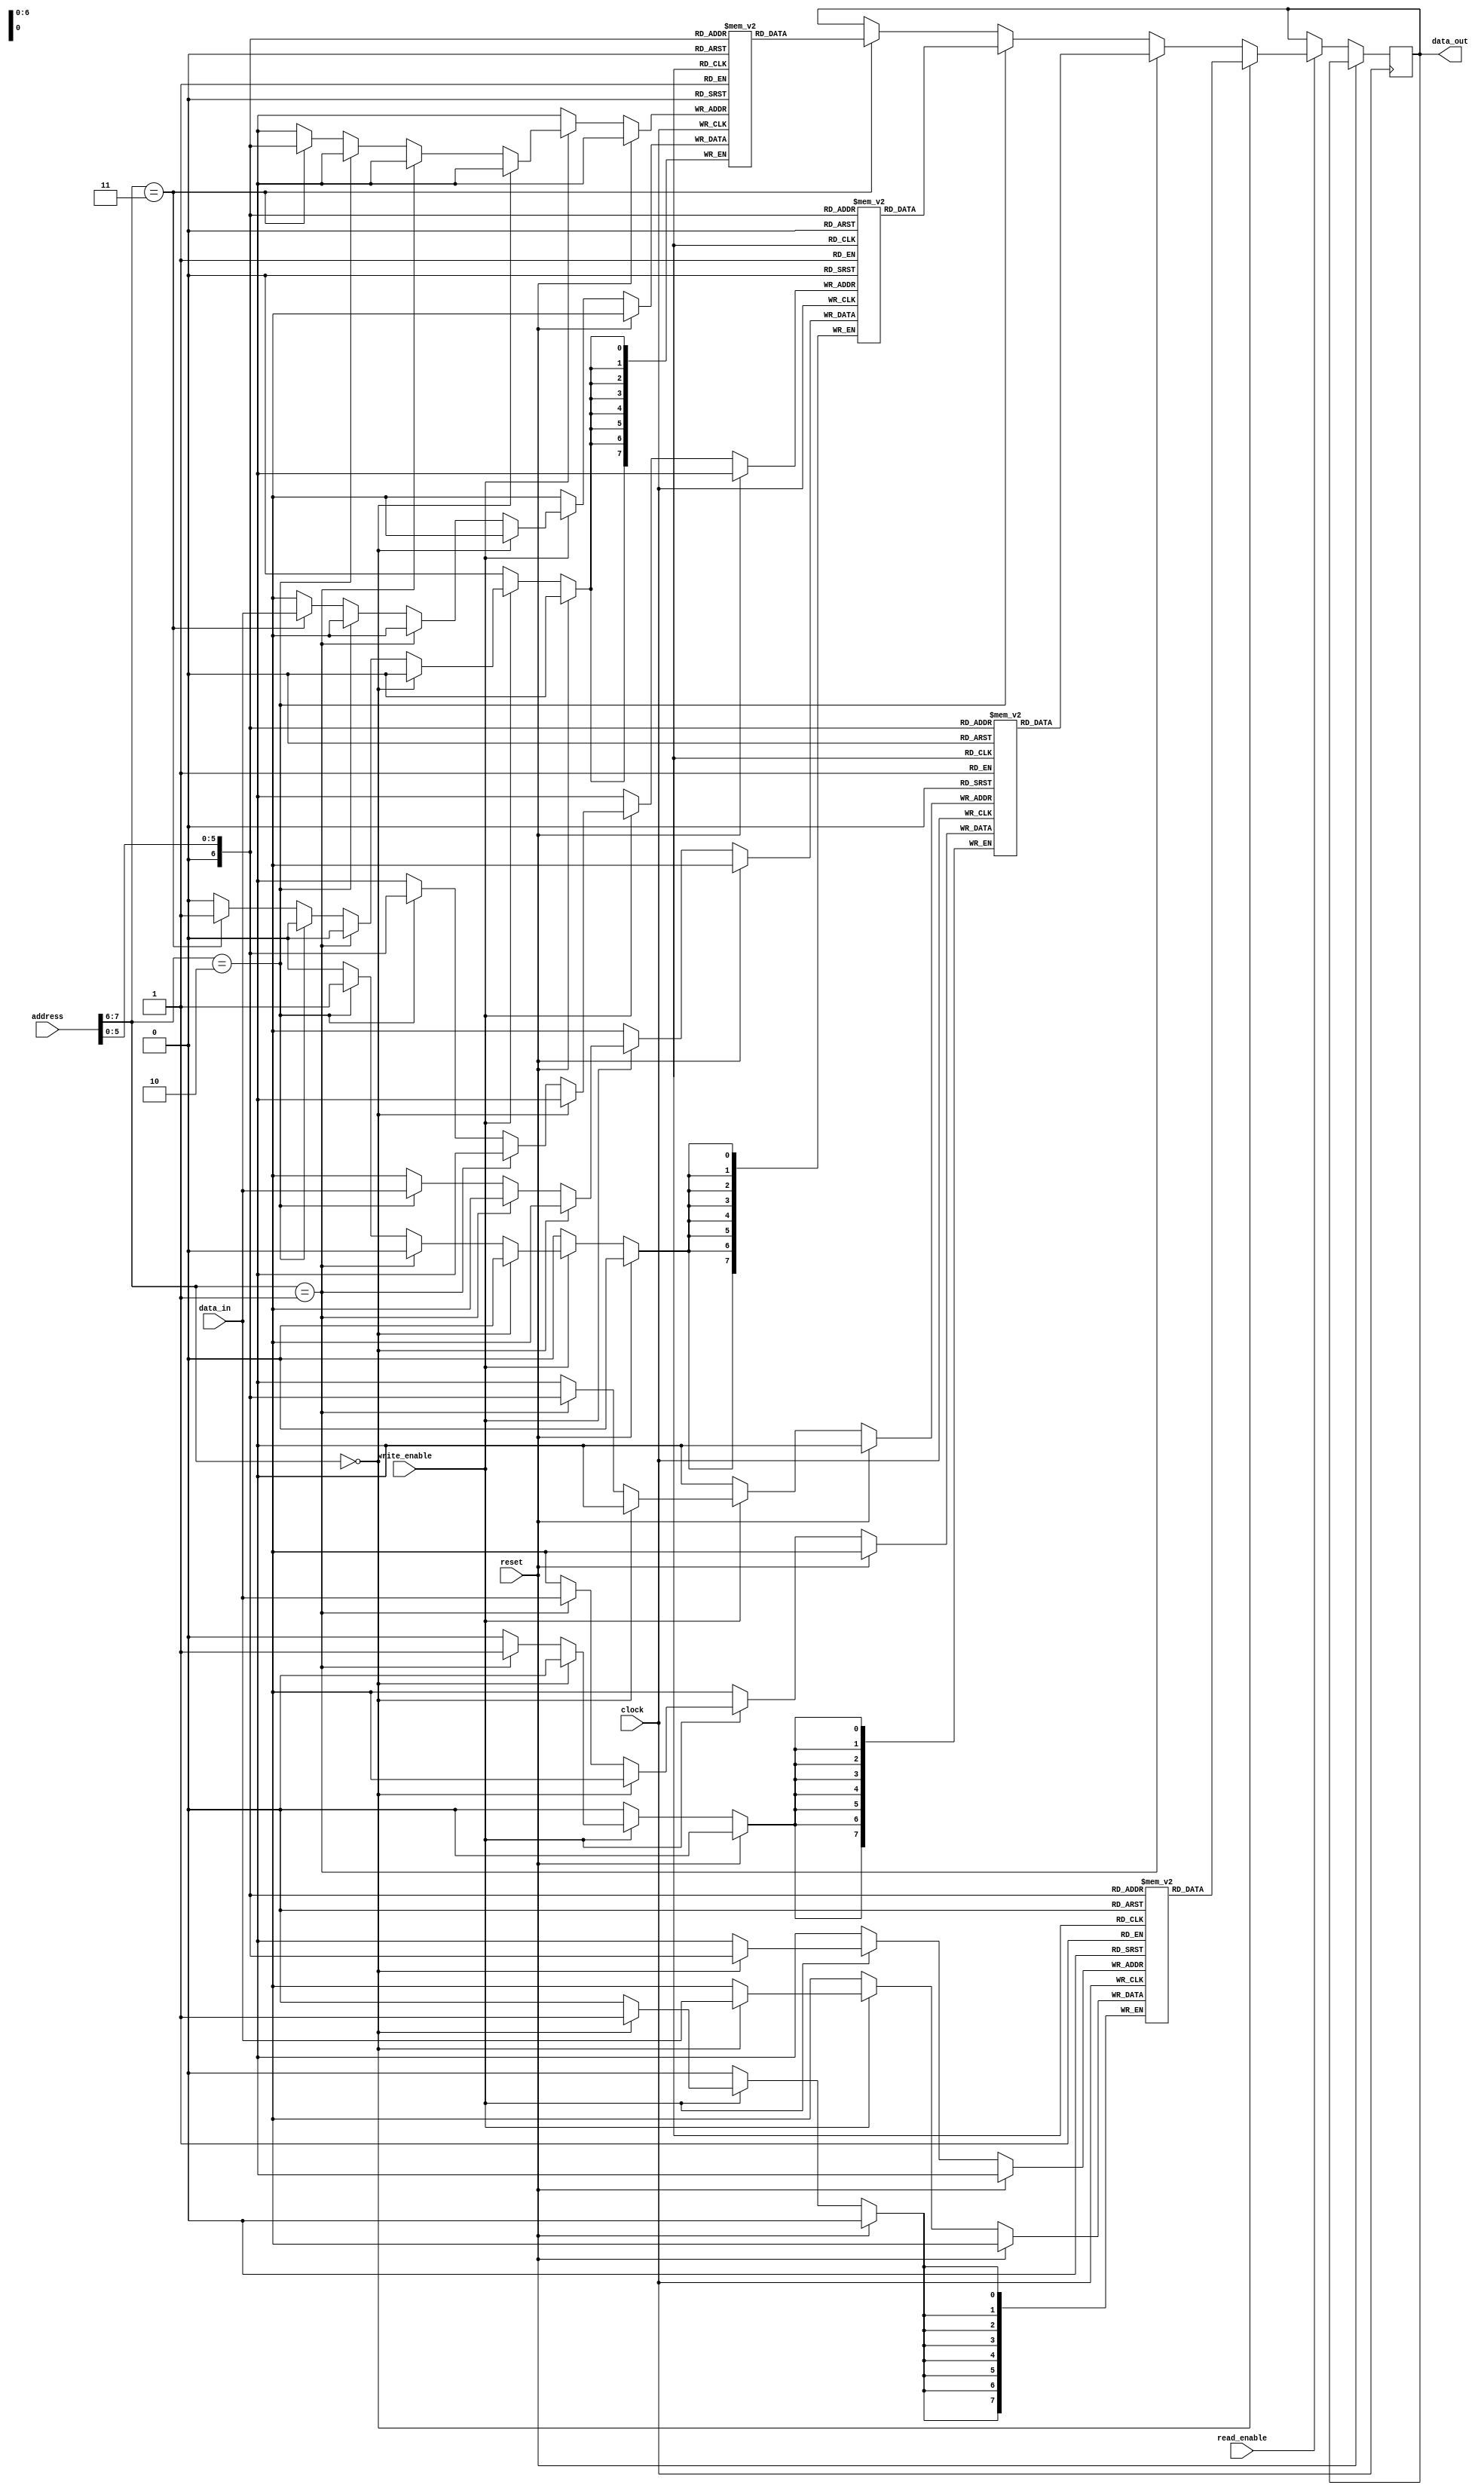
module QDR_SRAM(
    input wire [7:0] data_in,
    output wire [7:0] data_out,
    input wire [7:0] address,
    input wire write_enable,
    input wire read_enable,
    input wire clock,
    input wire reset
);

// memory blocks
reg [7:0] memory_block1 [0:127];
reg [7:0] memory_block2 [0:127];
reg [7:0] memory_block3 [0:127];
reg [7:0] memory_block4 [0:127];

// separate read and write ports for each block
always @(posedge clock) begin
    if(reset) begin
        // reset logic
    end else begin
        if(write_enable) begin
            if(address[7:6] == 2'b00) begin
                memory_block1[address[5:0]] <= data_in;
            end else if(address[7:6] == 2'b01) begin
                memory_block2[address[5:0]] <= data_in;
            end else if(address[7:6] == 2'b10) begin
                memory_block3[address[5:0]] <= data_in;
            end else if(address[7:6] == 2'b11) begin
                memory_block4[address[5:0]] <= data_in;
            end
        end
        if(read_enable) begin
            if(address[7:6] == 2'b00) begin
                data_out <= memory_block1[address[5:0]];
            end else if(address[7:6] == 2'b01) begin
                data_out <= memory_block2[address[5:0]];
            end else if(address[7:6] == 2'b10) begin
                data_out <= memory_block3[address[5:0]];
            end else if(address[7:6] == 2'b11) begin
                data_out <= memory_block4[address[5:0]];
            end
        end
    end
end

// address decoding logic
// control logic for timing of read and write operations

endmodule